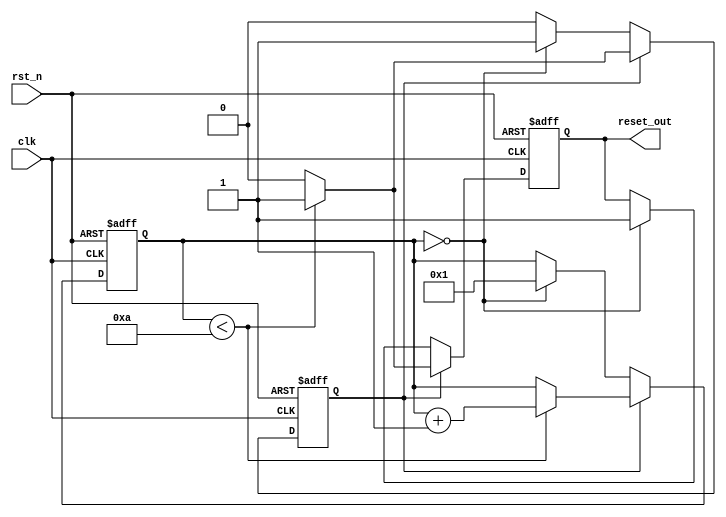
module power_on_reset (
    input wire clk,         // Clock signal
    input wire rst_n,      // Active-low external reset signal
    output reg reset_out    // Output reset signal
);

    // Parameter for the duration of the power-on reset (in clock cycles)
    parameter RESET_DURATION = 10; // Adjust as needed for your system

    // State variables
    reg [3:0] counter;      // Counter to track reset duration
    reg power_on_reset;     // Internal state flag for power-on reset

    // Sequential logic for reset handling
    always @(posedge clk or negedge rst_n) begin
        if (!rst_n) begin
            // If external reset is asserted, assert reset_out
            reset_out <= 1'b1;
            counter <= 0; // Reset counter
            power_on_reset <= 1'b0; // Clear power-on reset flag
        end else begin
            if (power_on_reset) begin
                // Count until the duration of reset is reached
                if (counter < RESET_DURATION) begin
                    counter <= counter + 1;
                    reset_out <= 1'b1; // Maintain reset asserted
                end else begin
                    reset_out <= 1'b0; // De-assert reset
                    power_on_reset <= 1'b0; // Clear power-on reset flag
                end
            end else begin
                // If not in power-on reset, check if we need to enter it
                if (counter == 0) begin
                    // Start power-on reset
                    power_on_reset <= 1'b1; 
                    counter <= 1; // Start counting
                    reset_out <= 1'b1; // Assert reset
                end
            end
        end
    end

    // Initial block for power-up conditions
    initial begin
        reset_out = 1'b1; // Assert reset initially
        counter = 0;      // Initialize counter
        power_on_reset = 1'b1; // Start in power-on reset state
    end

endmodule